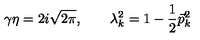
\gamma \eta = 2 i \sqrt { 2 \pi } , \qquad \lambda _ { k } ^ { 2 } = 1 - \frac { 1 } { 2 } \vec { p } _ { k } ^ { 2 }